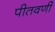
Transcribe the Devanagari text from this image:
पीतवर्णी